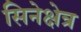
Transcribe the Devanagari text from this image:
सिनेक्षेत्र